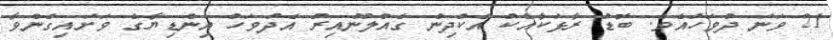
21 ވަނަ ދުވަހުއެވެ. ބޮޑު ރާޅަކާއެކު އެކުދިން ގެއްލުނުއިރު އެދުވަހު އިންޑިޔާގެ ވަށައިގެންވާ